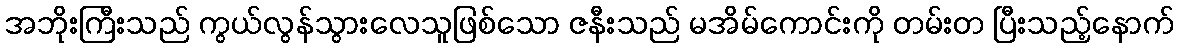
အဘိုးကြီးသည် ကွယ်လွန်သွားလေသူဖြစ်သော ဇနီးသည် မအိမ်ကောင်းကို တမ်းတ ပြီးသည့်နောက်